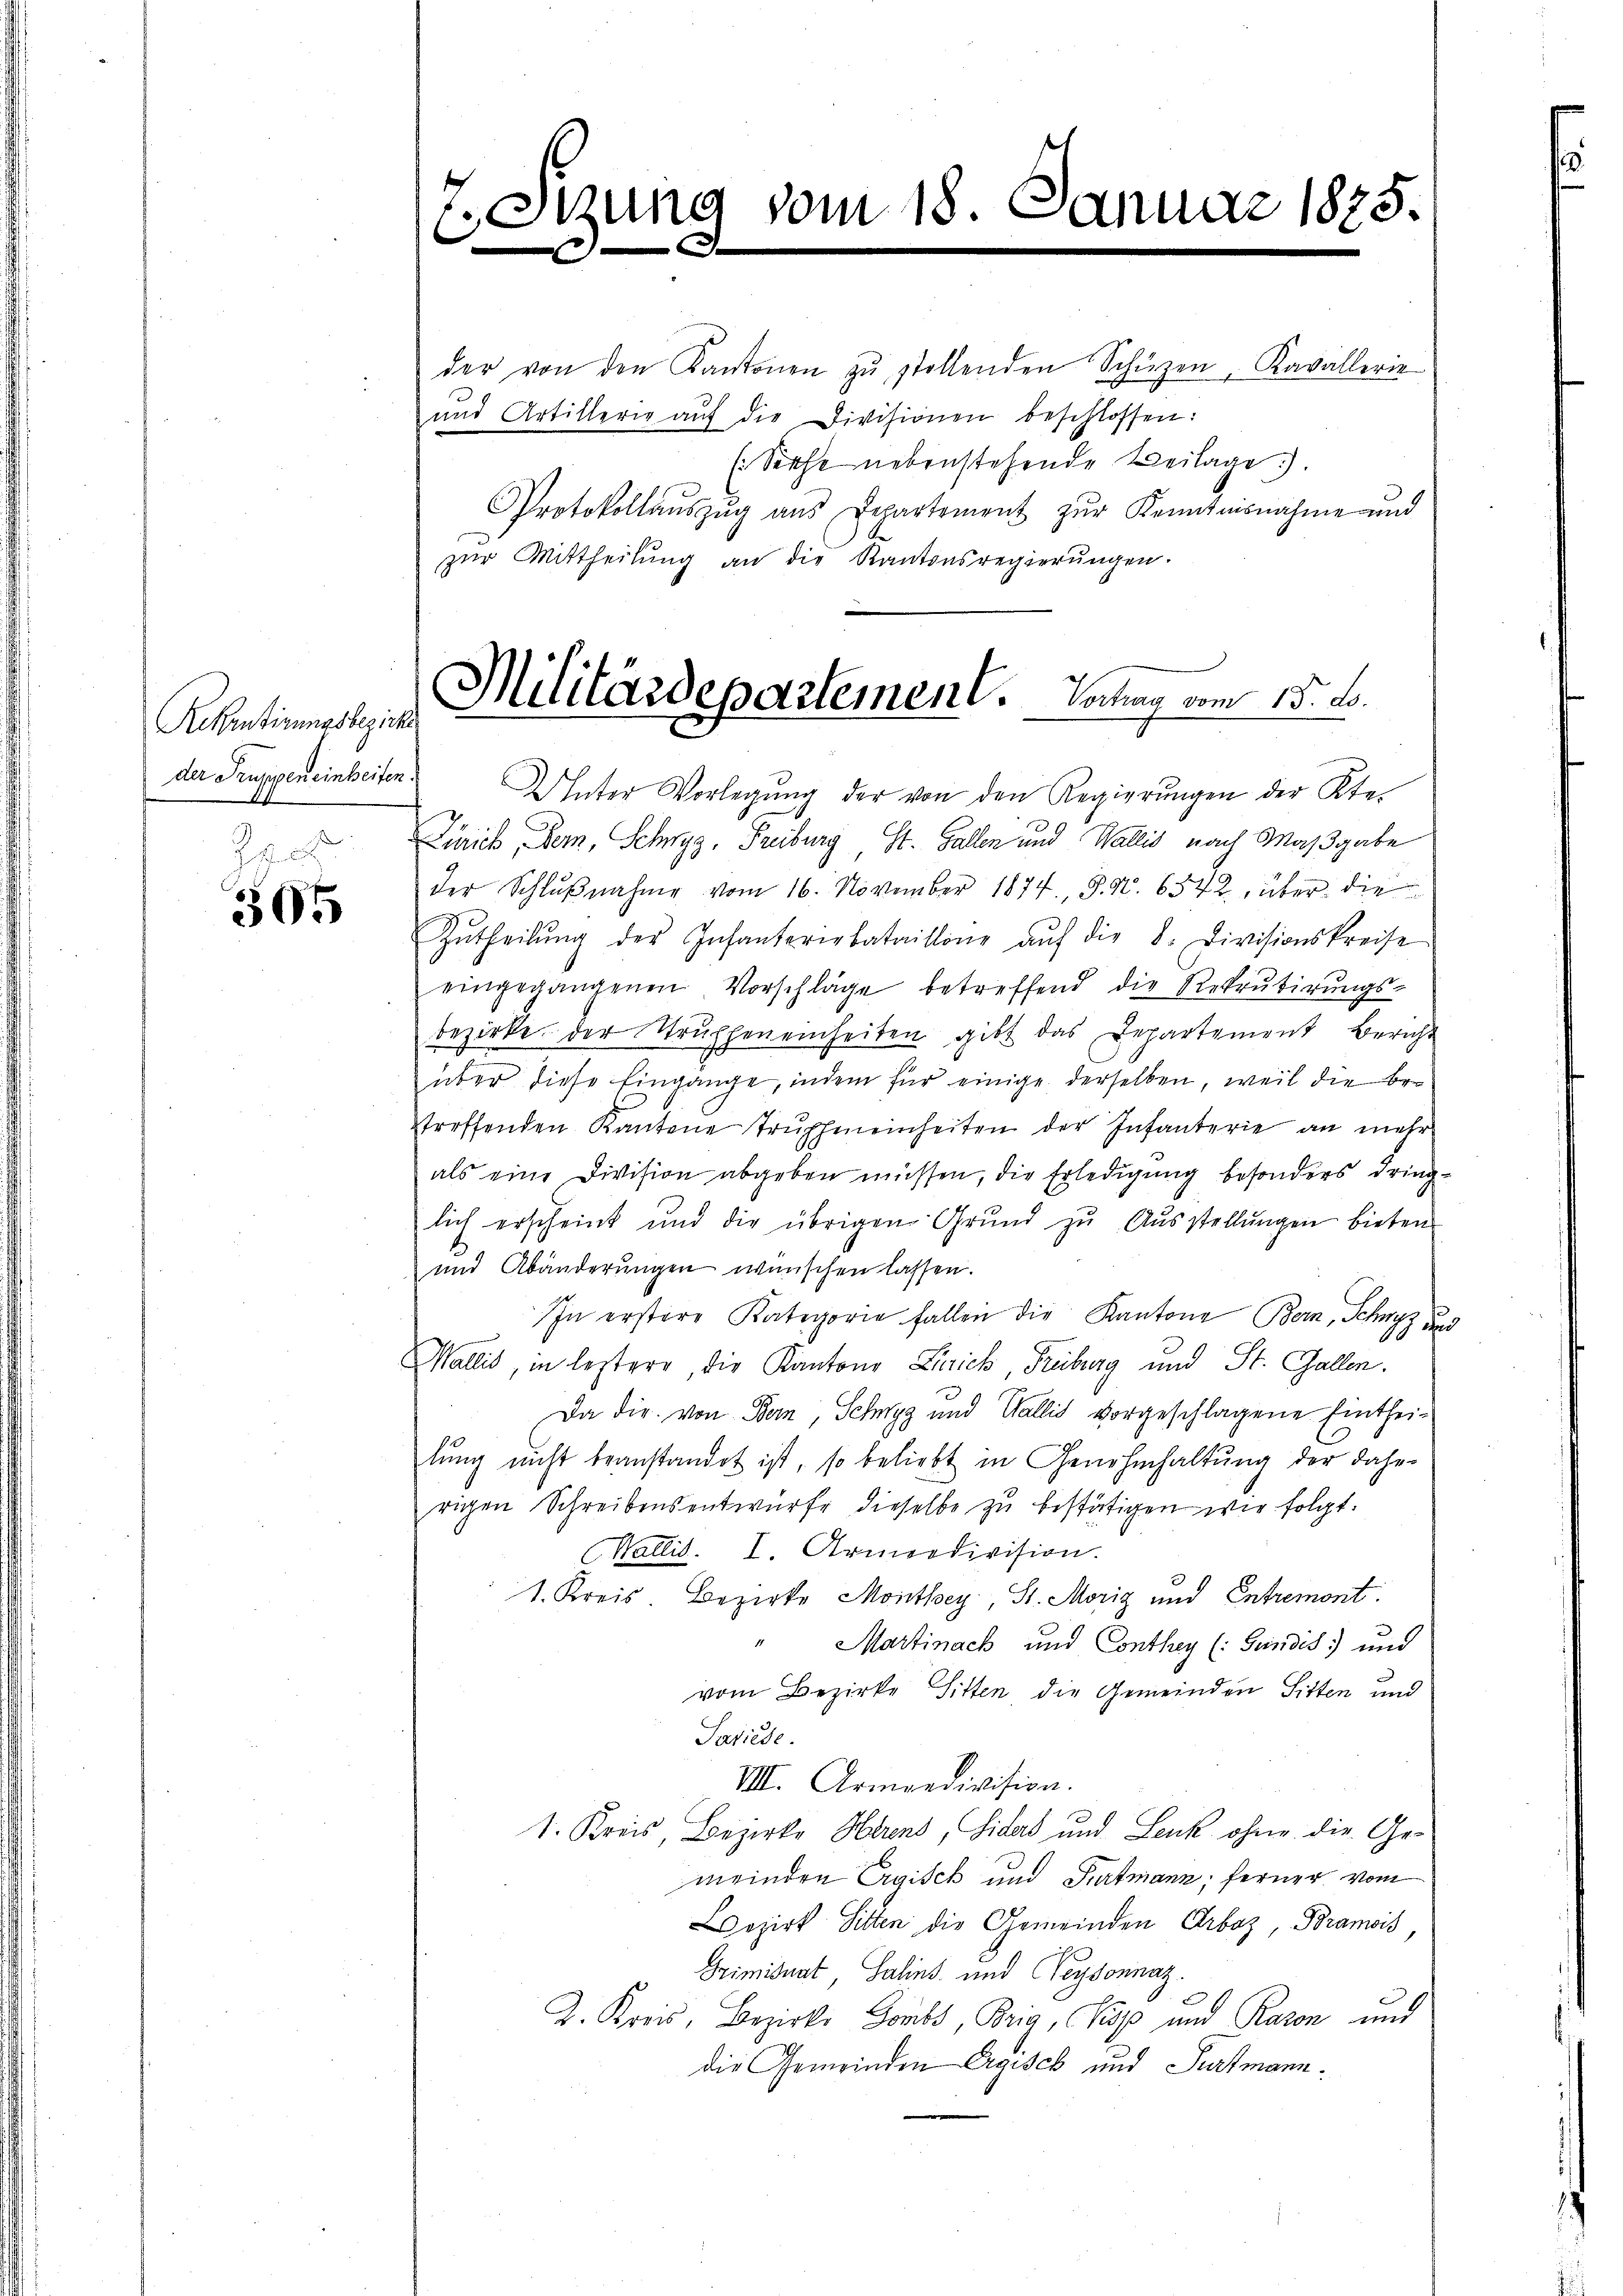
Rekrutirungsbezirke
der Truppen einheiten.
Zsc

505

Stzung vom 18. Januar 1875.
b
s

der von den Kantonen zŭ stellenden Schürzen, Kavallerie
und Artillerie aŭf die Divisionen beschlossen:
(Siehe nebenstehende Beilage).
Protokollaŭszŭg ans Departement zŭr Kenntnisnahme und
zur Mittheilung an die Kantonsregierungen.

AInter Vorlegŭng der von den Regierŭngen der Kte-
Zürich, Bern, Schwyz, Freiburg, St. Gallen und Wallis nach Maßgabe
der Schlŭβnahme vom 16. November 1874. S. Nr. 6542, über die
Zŭtheilŭng der Infanteriebataillone aŭf die 8. Divisionskreise
eingegangenen Vorschläge betreffend die Rekrutirungs-
bezirke. Der Strutheneinheiten gibt das Departement Bericht
über diese Eingange, indem für einige derselben, weil die Betreffenden Kantone Trŭphmneinheiten der Infanterie an mehr
als eine Division abgeben müssen, die Erledigung besonders dringlich erscheint und die übrigen Grŭnd zŭ Aŭsstellŭngen bieten
und Abänderungen wünschen lassen.
In erstere Kategorie fallen die Kantone Bern, Schwyz und
Wallis, in leztere, die Kantons Linrich, Trüberg und St. Gallen.
Da die von Bern, Schwyz und Wallis vorgeschlagene Eintheilŭng nicht beanstandet ist, so beliebt in Genehmhaltung der dahe
rigen Schreibensentwurfe dieselbe zu bestätigen wie folgt.
Wallis. I. Armeedivision.
1. Kreis. Bezirke Monthey, St. Moriz und Entremont.
Martinach und Conthey (: Gündis und
vom Bezirke Sitten die Gemeinden Sitten und
Pasiede
VIII. Armoedivision.
1. Kreis, Bezirke Herend, Siders und Leuk ohne die Gemeinden Ergisch und Purtmann; ferner vom
ezirk Sitten die Gemeinden Erbaz, Bramois
Grimisuat, Salins und Leydonnaz.
2. Kreis, Bezirks Goubs, Brig, Supp und Raron und
die Gemeinden Ergisch und Partmann¬

Militärdepartement. Vortrag vom 15. B.